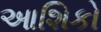
આશિકો